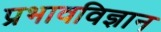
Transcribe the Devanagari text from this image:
प्रभावविज्ञान